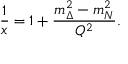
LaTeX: { \frac { 1 } { x } } = 1 + { \frac { m _ { \Delta } ^ { 2 } - m _ { N } ^ { 2 } } { Q ^ { 2 } } } .